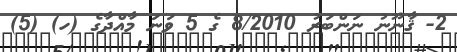
2- ޤާނޫނު ނަންބަރު 8/2010 ގެ 5 ވަނަ މާއްދާގެ (ހ) (5)